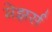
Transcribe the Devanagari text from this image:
मेझर्स